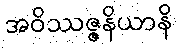
အဝိဿဇ္ဇနိယာနိ